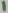
Text: 1